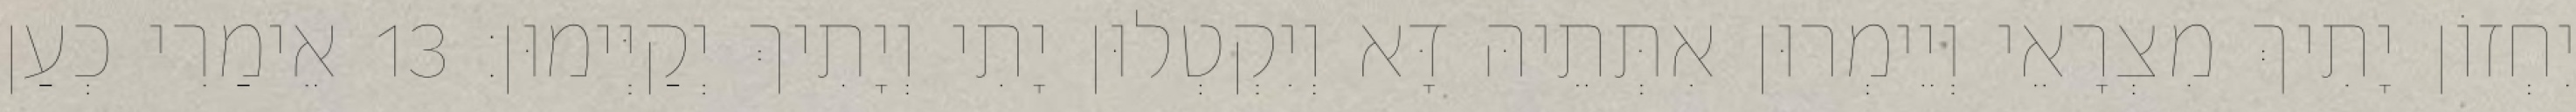
יִחְזוֹן יָתִיךְ מִצְרָאֵי וְיֵימְרוּן אִתְּתֵיהּ דָּא וְיִקְטְלוּן יָתִי וְיָתִיךְ יְקַיְּימוּן׃ 13 אֵימַרִי כְעַן